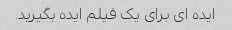
ایده ای برای یک فیلم ایده بگیرید.